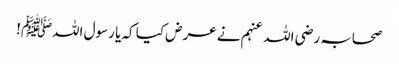
صحابہ رضی اللہ عنہم نے عرض کیا کہ یا رسول اللہﷺ!